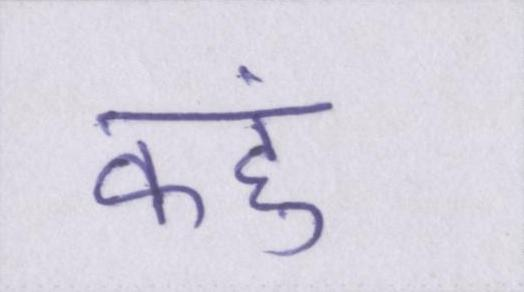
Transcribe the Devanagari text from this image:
कहुं